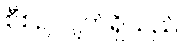
စီစဉ်လျက်ရှိသည်